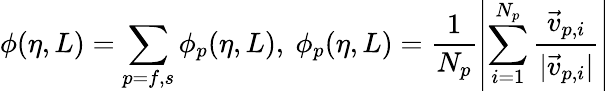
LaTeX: \phi(\eta,L)=\sum_{p=f,s}\phi_{p}(\eta,L),\ \phi_{p}(\eta,L)=\frac{1}{N_{p}}\left|\sum_{i=1}^{N_{p}}\frac{{\vec{v}}_{p,i}}{|{\vec{v}}_{p,i}|}\right|